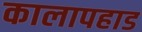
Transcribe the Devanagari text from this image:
कालापहाड